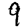
Digit: 9